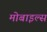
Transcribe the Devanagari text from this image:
मोबाइल्स